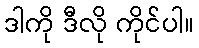
ဒါကို ဒီလို ကိုင်ပါ။